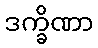
ဒက္ခိဏာ